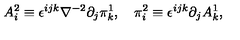
A _ { i } ^ { 2 } \equiv \epsilon ^ { i j k } \nabla ^ { - 2 } \partial _ { j } \pi _ { k } ^ { 1 } , \quad \pi _ { i } ^ { 2 } \equiv \epsilon ^ { i j k } \partial _ { j } A _ { k } ^ { 1 } ,